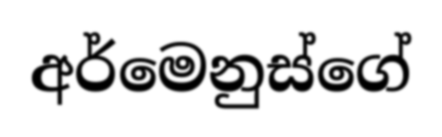
අර්මෙනුස්ගේ